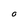
Character: O